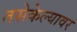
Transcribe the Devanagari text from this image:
तसेकेल्यावर